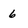
Character: 6